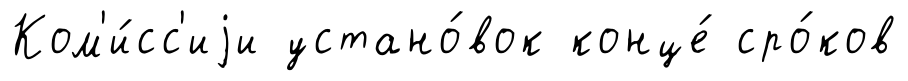
Ком'и́сс'иjи устано́вок конце́ сро́ков